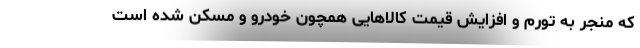
که منجر به تورم و افزایش قیمت کالاهایی همچون خودرو و مسکن شده است